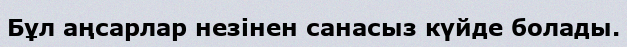
Бұл аңсарлар незінен санасыз күйде болады.